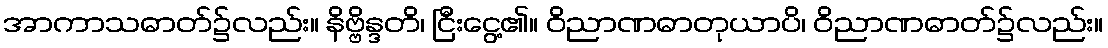
အာကာသဓာတ်၌လည်း။ နိဗ္ဗိန္ဒတိ၊ ငြီးငွေ့၏။ ဝိညာဏဓာတုယာပိ၊ ဝိညာဏဓာတ်၌လည်း။